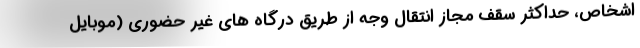
اشخاص، حداکثر سقف مجاز انتقال وجه از طریق درگاه های غیر حضوری (موبایل